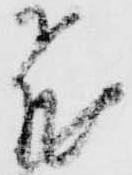
飛